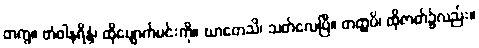
တကွ။ တံဝါနရိန္ဒံ၊ ထိုမျောက်မင်းကို။ ဃာတေသိ၊ သတ်လေပြီ။ တတ္ထပိ၊ ထိုဇာတ်၌လည်း။